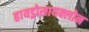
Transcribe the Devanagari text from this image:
हायड्रोसायक्लोन